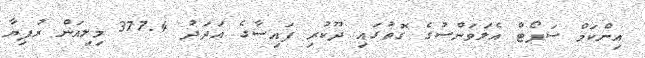
އިންކަމް ސަޕޯޓް އެލަވަންސުގެ ގޮތުގައި ދޫކުރި ފައިސާގެ އަދަދު 377.4 މިލިއަން ރުފިޔާ